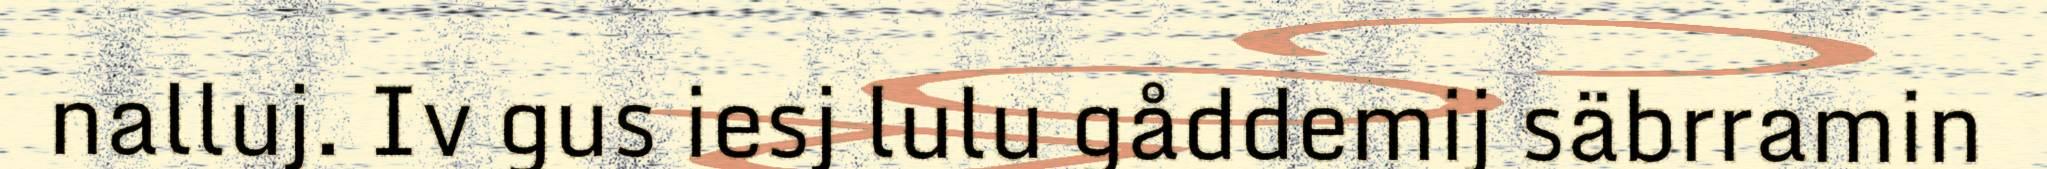
nalluj. Iv gus iesj lulu gåddemij säbrramin